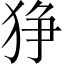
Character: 狰